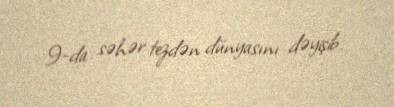
9-da səhər tezdən dünyasını dəyişib.